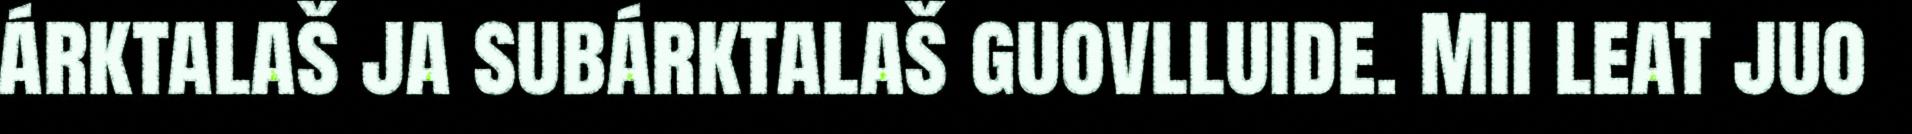
árktalaš ja subárktalaš guovlluide. Mii leat juo